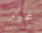
غير